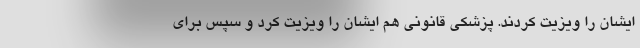
ایشان را ویزیت کردند. پزشکی قانونی هم ایشان را ویزیت کرد و سپس برای